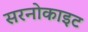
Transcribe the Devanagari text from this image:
सरनोकाइट